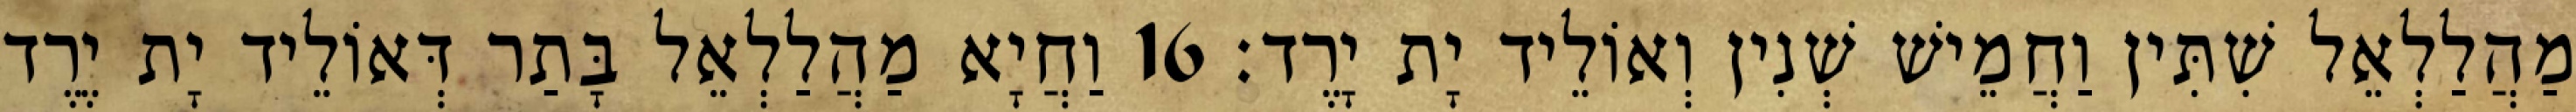
מַהֲלַלְאֵל שִׁתִּין וַחֲמֵישׁ שְׁנִין וְאוֹלֵיד יָת יָרֶד׃ 16 וַחֲיָא מַהֲלַלְאֵל בָּתַר דְּאוֹלֵיד יָת יֶרֶד